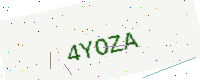
Text: 4YOZA